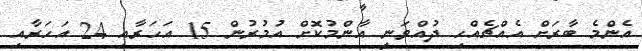
އެންމެ ބާރަށް އެއްޗެއްހި ދުއްވަނީ އާންމުކޮށް އުމުރުން 15 އަހަރާއި 24 އަހަރާއި